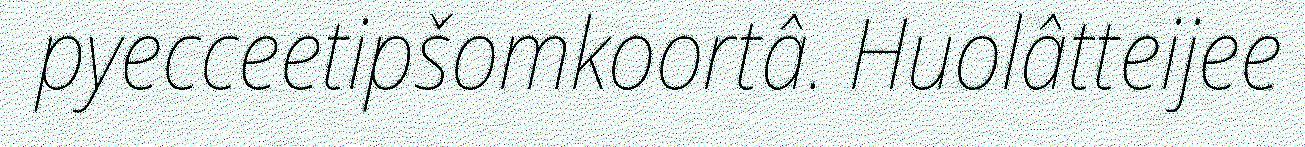
pyecceetipšomkoortâ. Huolâtteijee